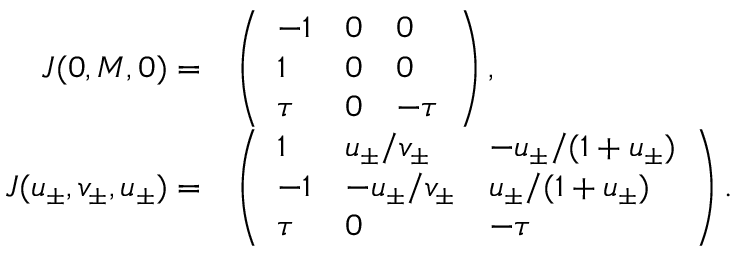
\begin{array} { r l } { J ( 0 , M , 0 ) = } & { \left( \begin{array} { l l l } { - 1 } & { 0 } & { 0 } \\ { 1 } & { 0 } & { 0 } \\ { \tau } & { 0 } & { - \tau } \end{array} \right) , } \\ { J ( u _ { \pm } , v _ { \pm } , u _ { \pm } ) = } & { \left( \begin{array} { l l l } { 1 } & { u _ { \pm } / v _ { \pm } } & { - u _ { \pm } / ( 1 + u _ { \pm } ) } \\ { - 1 } & { - u _ { \pm } / v _ { \pm } } & { u _ { \pm } / ( 1 + u _ { \pm } ) } \\ { \tau } & { 0 } & { - \tau } \end{array} \right) . } \end{array}